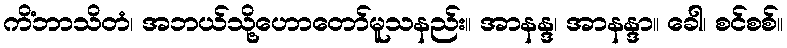
ကိံဘာသိတံ၊ အဘယ်သို့ဟောတော်မူသနည်း။ အာနန္ဒ၊ အာနန္ဒာ။ ခေါ၊ စင်စစ်။